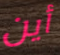
أين